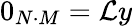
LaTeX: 0_{N\cdot M}=\mathcal{L}y